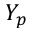
Y _ { p }